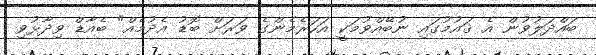
ބައްދަލުވުން އެ ޤައުމުގައި ނުބޭއްވުމަކީ އަހަރެމެންގެ ވަރަށް ބޮޑު އެދުމެއް" ބެއާޑް ވިދާޅުވި